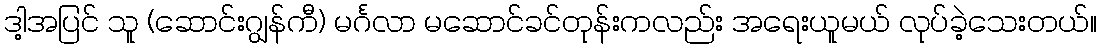
ဒါ့အပြင် သူ (ဆောင်းဂျွန်ကီ) မင်္ဂလာ မဆောင်ခင်တုန်းကလည်း အရေးယူမယ် လုပ်ခဲ့သေးတယ်။